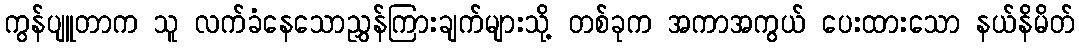
ကွန်ပျူတာက သူ လက်ခံနေသောညွှန်ကြားချက်များသို့ တစ်ခုက အကာအကွယ် ပေးထားသော နယ်နိမိတ်